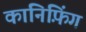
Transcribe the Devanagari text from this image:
कानिफ़िंग